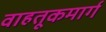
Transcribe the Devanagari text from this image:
वाहतूकमार्ग